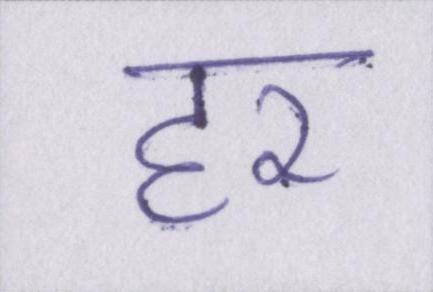
हर